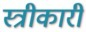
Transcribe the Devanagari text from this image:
स्त्रीकारी